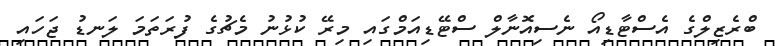
ބްރެޒިލްގެ އެސްޓާޑިއޯ ނެސިއޮނާލް ސްޓޭޑިއަމްގައި މިރޭ ކުޅުުނު މެޗުގެ ފުރަތަމަ ލަނޑު ޖަހައި